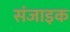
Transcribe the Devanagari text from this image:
संजाइक